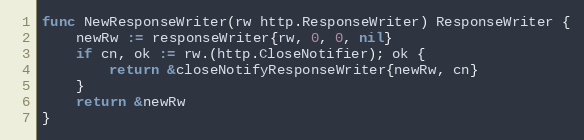
Language: Go
func NewResponseWriter(rw http.ResponseWriter) ResponseWriter {
	newRw := responseWriter{rw, 0, 0, nil}
	if cn, ok := rw.(http.CloseNotifier); ok {
		return &closeNotifyResponseWriter{newRw, cn}
	}
	return &newRw
}